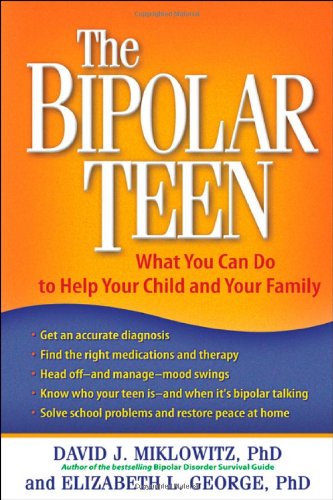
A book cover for The Bipolar Teen: What You Can Do to Help Your Child and Your Family; David J. Miklowitz PhD; Health, Fitness & Dieting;